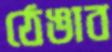
ঠেঙাব